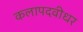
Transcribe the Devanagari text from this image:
कलापदवीधर